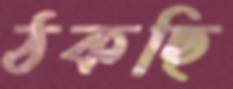
ঠকছি